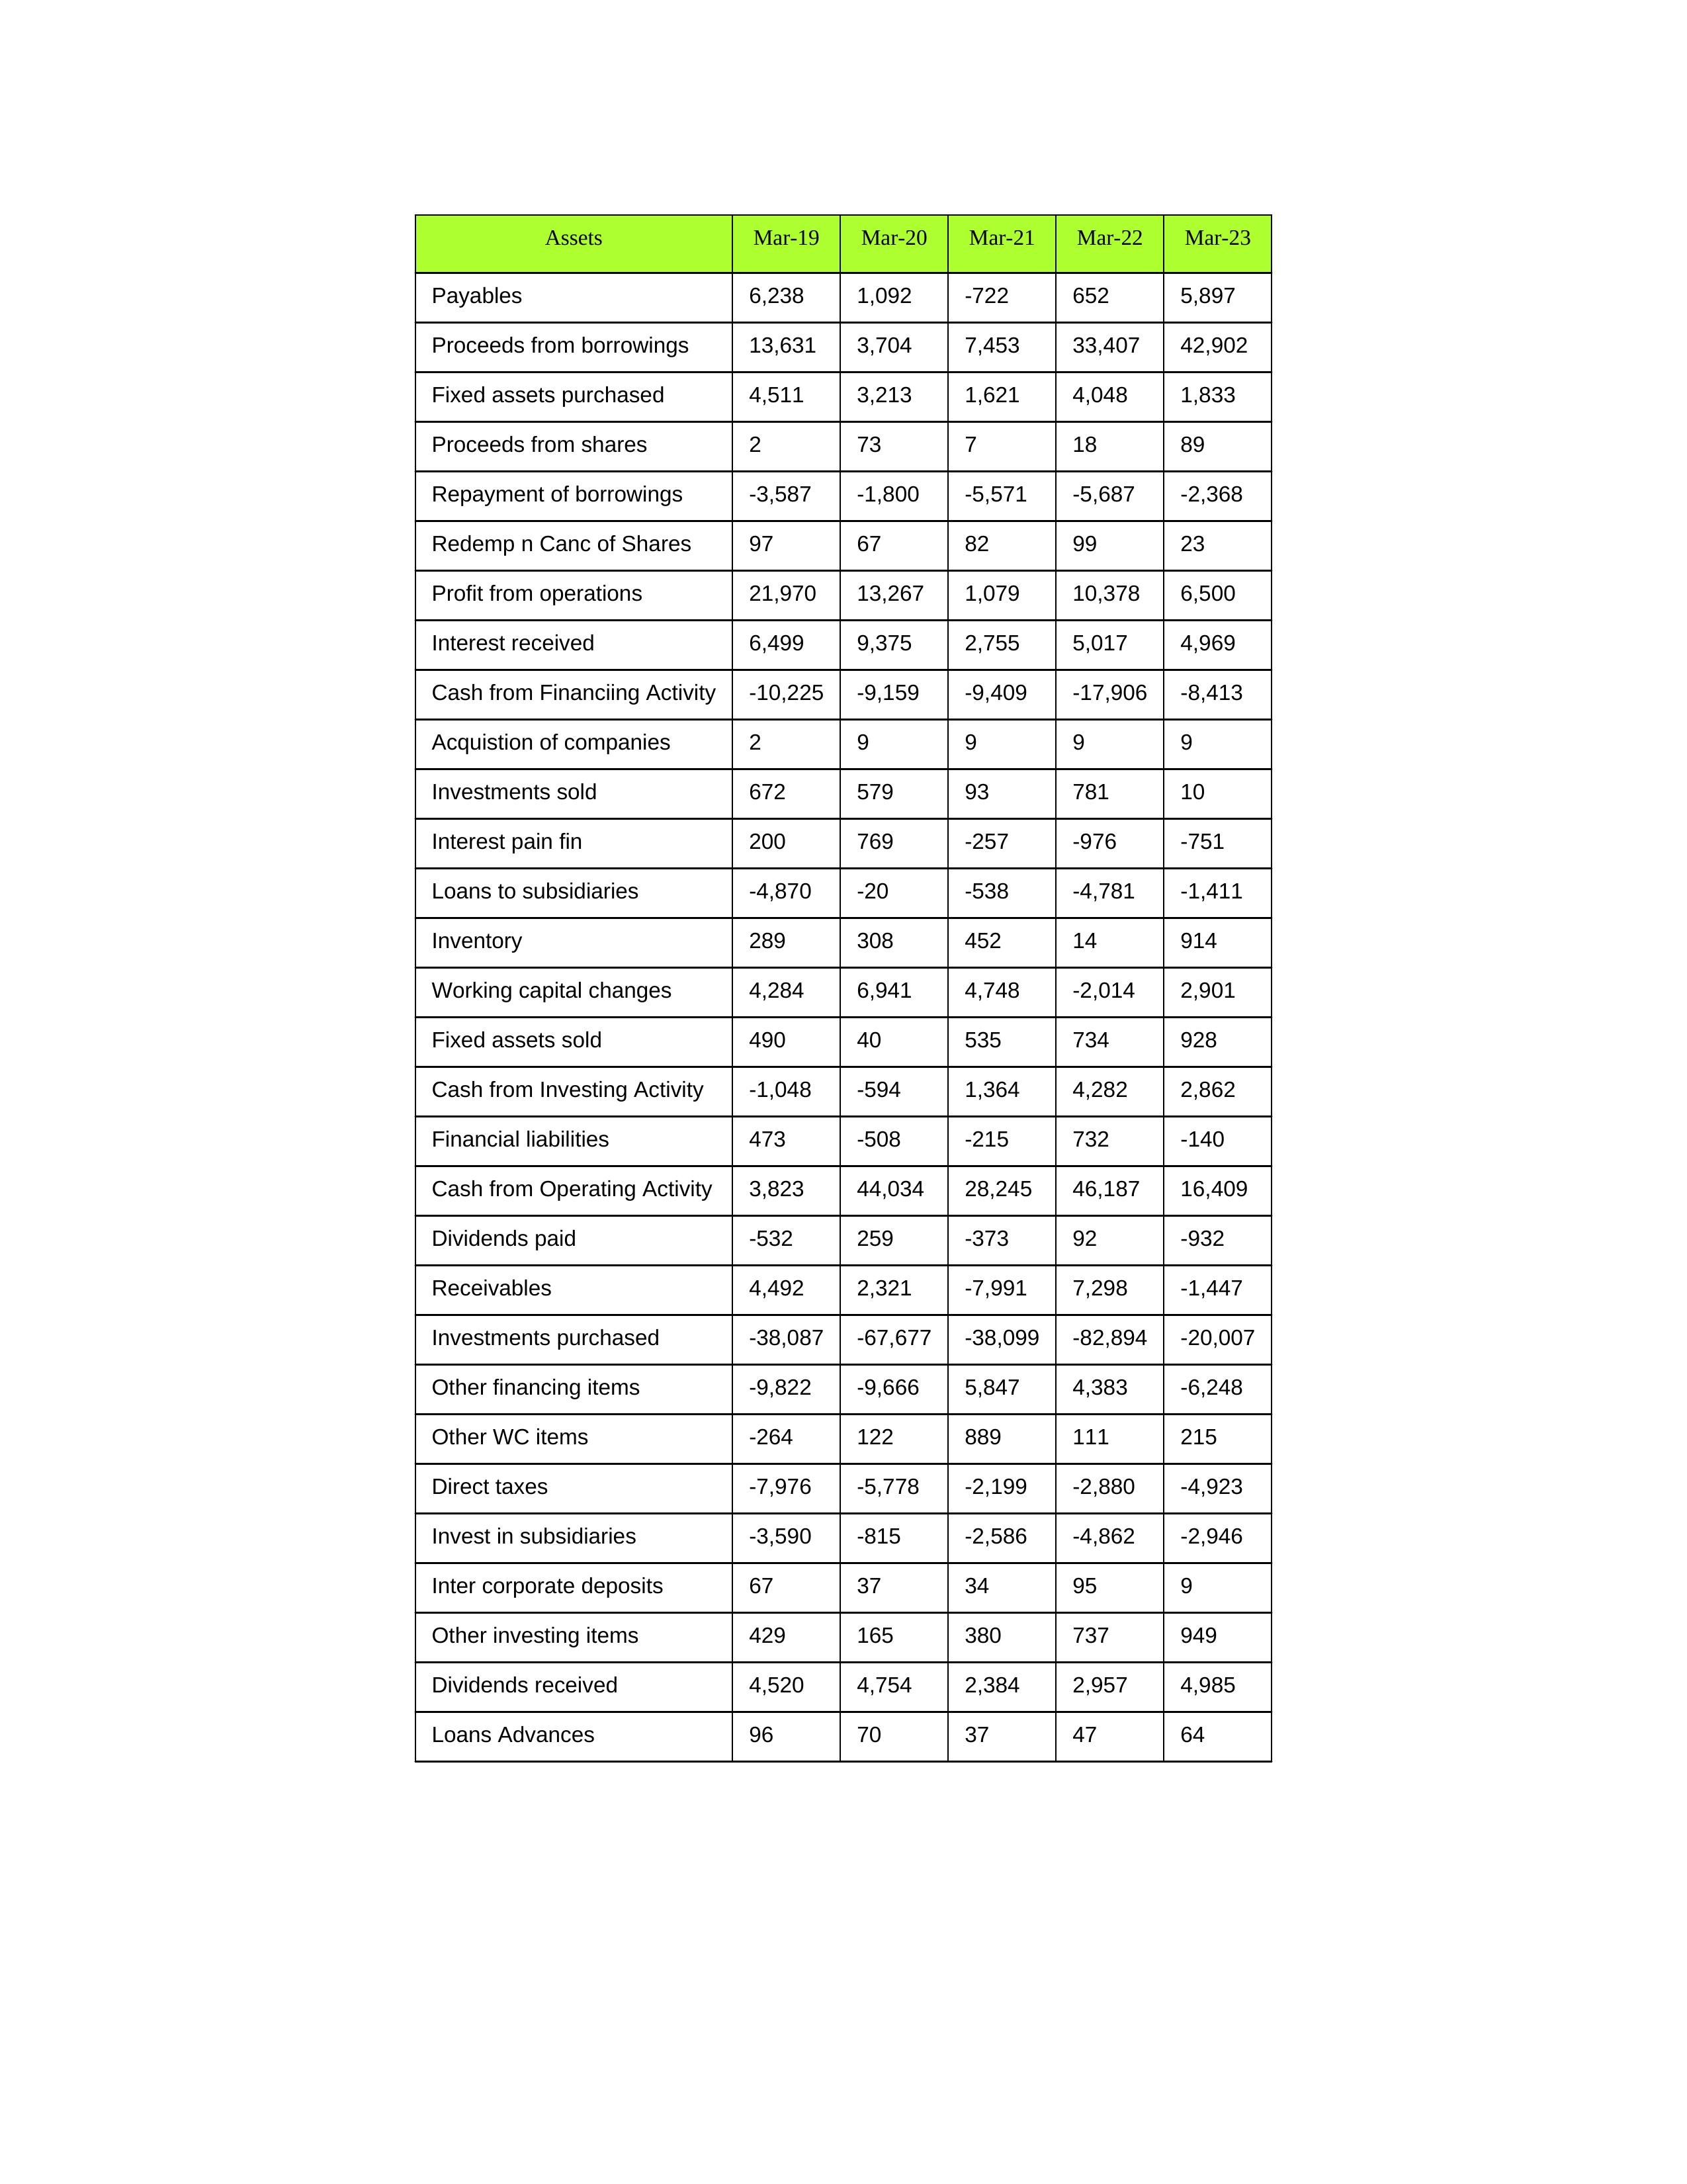
gt_parse: Mar-19: Cash from Operating Activity: 3,823
Profit from operations: 21,970
Receivables: 4,492
Inventory: 289
Payables: 6,238
Loans Advances: 96
Other WC items: -264
Working capital changes: 4,284
Direct taxes: -7,976
Cash from Investing Activity: -1,048
Fixed assets purchased: 4,511
Fixed assets sold: 490
Investments purchased: -38,087
Investments sold: 672
Interest received: 6,499
Dividends received: 4,520
Invest in subsidiaries: -3,590
Loans to subsidiaries: -4,870
Redemp n Canc of Shares: 97
Acquistion of companies: 2
Inter corporate deposits: 67
Other investing items: 429
Cash from Financiing Activity: -10,225
Proceeds from shares: 2
Proceeds from borrowings: 13,631
Repayment of borrowings: -3,587
Interest pain fin: 200
Dividends paid: -532
Financial liabilities: 473
Other financing items: -9,822
Mar-20: Cash from Operating Activity: 44,034
Profit from operations: 13,267
Receivables: 2,321
Inventory: 308
Payables: 1,092
Loans Advances: 70
Other WC items: 122
Working capital changes: 6,941
Direct taxes: -5,778
Cash from Investing Activity: -594
Fixed assets purchased: 3,213
Fixed assets sold: 40
Investments purchased: -67,677
Investments sold: 579
Interest received: 9,375
Dividends received: 4,754
Invest in subsidiaries: -815
Loans to subsidiaries: -20
Redemp n Canc of Shares: 67
Acquistion of companies: 9
Inter corporate deposits: 37
Other investing items: 165
Cash from Financiing Activity: -9,159
Proceeds from shares: 73
Proceeds from borrowings: 3,704
Repayment of borrowings: -1,800
Interest pain fin: 769
Dividends paid: 259
Financial liabilities: -508
Other financing items: -9,666
Mar-21: Cash from Operating Activity: 28,245
Profit from operations: 1,079
Receivables: -7,991
Inventory: 452
Payables: -722
Loans Advances: 37
Other WC items: 889
Working capital changes: 4,748
Direct taxes: -2,199
Cash from Investing Activity: 1,364
Fixed assets purchased: 1,621
Fixed assets sold: 535
Investments purchased: -38,099
Investments sold: 93
Interest received: 2,755
Dividends received: 2,384
Invest in subsidiaries: -2,586
Loans to subsidiaries: -538
Redemp n Canc of Shares: 82
Acquistion of companies: 9
Inter corporate deposits: 34
Other investing items: 380
Cash from Financiing Activity: -9,409
Proceeds from shares: 7
Proceeds from borrowings: 7,453
Repayment of borrowings: -5,571
Interest pain fin: -257
Dividends paid: -373
Financial liabilities: -215
Other financing items: 5,847
Mar-22: Cash from Operating Activity: 46,187
Profit from operations: 10,378
Receivables: 7,298
Inventory: 14
Payables: 652
Loans Advances: 47
Other WC items: 111
Working capital changes: -2,014
Direct taxes: -2,880
Cash from Investing Activity: 4,282
Fixed assets purchased: 4,048
Fixed assets sold: 734
Investments purchased: -82,894
Investments sold: 781
Interest received: 5,017
Dividends received: 2,957
Invest in subsidiaries: -4,862
Loans to subsidiaries: -4,781
Redemp n Canc of Shares: 99
Acquistion of companies: 9
Inter corporate deposits: 95
Other investing items: 737
Cash from Financiing Activity: -17,906
Proceeds from shares: 18
Proceeds from borrowings: 33,407
Repayment of borrowings: -5,687
Interest pain fin: -976
Dividends paid: 92
Financial liabilities: 732
Other financing items: 4,383
Mar-23: Cash from Operating Activity: 16,409
Profit from operations: 6,500
Receivables: -1,447
Inventory: 914
Payables: 5,897
Loans Advances: 64
Other WC items: 215
Working capital changes: 2,901
Direct taxes: -4,923
Cash from Investing Activity: 2,862
Fixed assets purchased: 1,833
Fixed assets sold: 928
Investments purchased: -20,007
Investments sold: 10
Interest received: 4,969
Dividends received: 4,985
Invest in subsidiaries: -2,946
Loans to subsidiaries: -1,411
Redemp n Canc of Shares: 23
Acquistion of companies: 9
Inter corporate deposits: 9
Other investing items: 949
Cash from Financiing Activity: -8,413
Proceeds from shares: 89
Proceeds from borrowings: 42,902
Repayment of borrowings: -2,368
Interest pain fin: -751
Dividends paid: -932
Financial liabilities: -140
Other financing items: -6,248